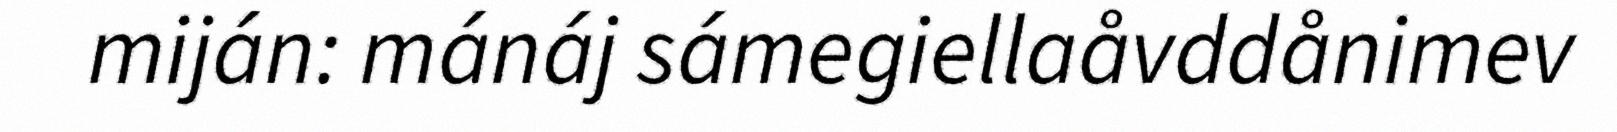
miján: mánáj sámegiellaåvddånimev